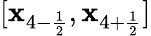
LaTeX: [\mathbf{x}_{4-\frac{{1}}{{2}}},\mathbf{x}_{4+\frac{{1}}{{2}}}]